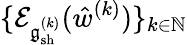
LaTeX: \{ \mathcal{E}_{\mathfrak{g}_{\mathrm{sh}}^{(k)}}(\hat{w}^{(k)})\} _{k\in\mathbb{N}}